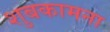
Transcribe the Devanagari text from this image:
शुबकामना